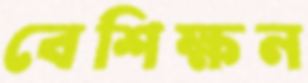
বেশিক্ষন